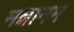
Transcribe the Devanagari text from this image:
मन्नानम